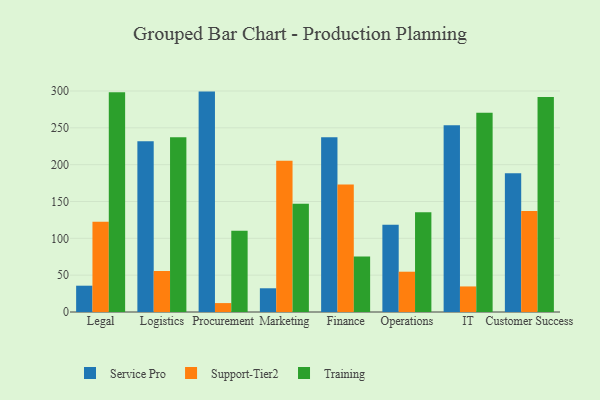
{"axis": {"x": "Department", "y": "Net Income (USD K)"}, "legend": ["Service Pro", "Support-Tier2", "Training"], "data": [{"x": "Legal", "y": 35.7, "type": "Service Pro"}, {"x": "Legal", "y": 122.6, "type": "Support-Tier2"}, {"x": "Legal", "y": 298.4, "type": "Training"}, {"x": "Logistics", "y": 231.7, "type": "Service Pro"}, {"x": "Logistics", "y": 55.7, "type": "Support-Tier2"}, {"x": "Logistics", "y": 237.1, "type": "Training"}, {"x": "Procurement", "y": 299.2, "type": "Service Pro"}, {"x": "Procurement", "y": 12.1, "type": "Support-Tier2"}, {"x": "Procurement", "y": 110.2, "type": "Training"}, {"x": "Marketing", "y": 32.2, "type": "Service Pro"}, {"x": "Marketing", "y": 205.3, "type": "Support-Tier2"}, {"x": "Marketing", "y": 146.8, "type": "Training"}, {"x": "Finance", "y": 237.3, "type": "Service Pro"}, {"x": "Finance", "y": 173.1, "type": "Support-Tier2"}, {"x": "Finance", "y": 75.4, "type": "Training"}, {"x": "Operations", "y": 118.3, "type": "Service Pro"}, {"x": "Operations", "y": 54.7, "type": "Support-Tier2"}, {"x": "Operations", "y": 135.5, "type": "Training"}, {"x": "IT", "y": 253.6, "type": "Service Pro"}, {"x": "IT", "y": 34.7, "type": "Support-Tier2"}, {"x": "IT", "y": 270.6, "type": "Training"}, {"x": "Customer Success", "y": 188.5, "type": "Service Pro"}, {"x": "Customer Success", "y": 137.2, "type": "Support-Tier2"}, {"x": "Customer Success", "y": 291.9, "type": "Training"}]}